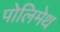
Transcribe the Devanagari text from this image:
पोलिमेथ